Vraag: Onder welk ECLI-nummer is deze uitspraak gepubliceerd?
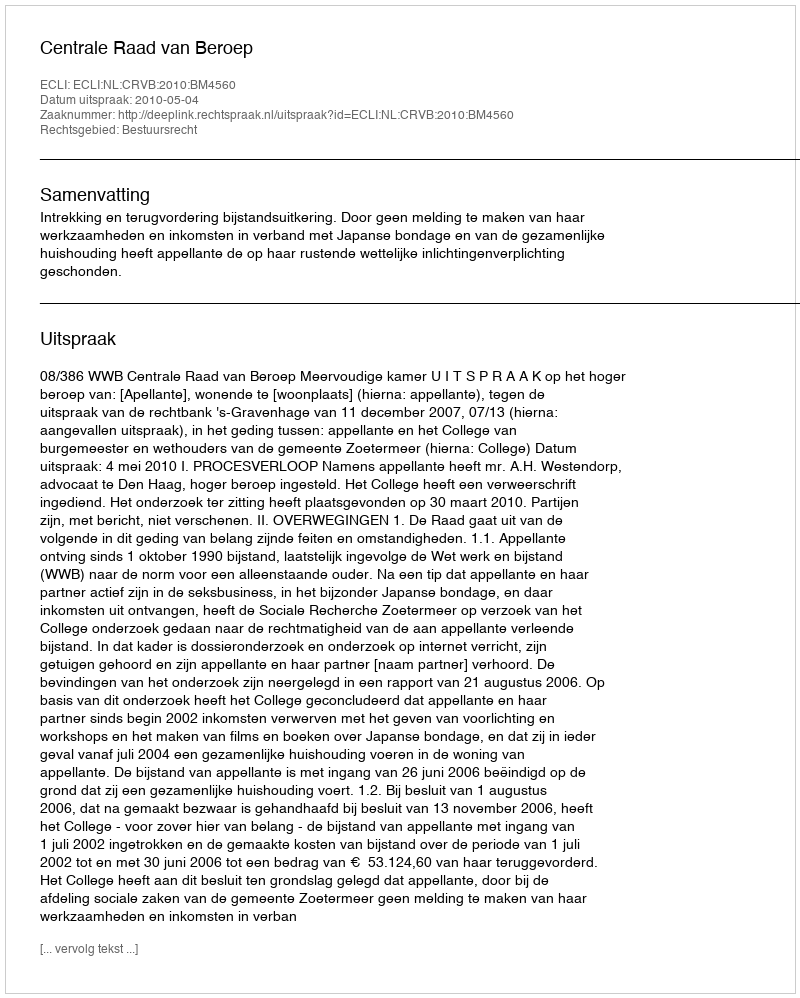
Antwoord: ECLI:NL:CRVB:2010:BM4560